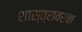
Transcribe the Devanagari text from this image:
शास्त्रावरचा